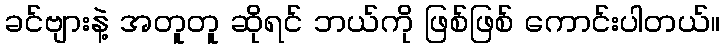
ခင်ဗျားနဲ့ အတူတူ ဆိုရင် ဘယ်ကို ဖြစ်ဖြစ် ကောင်းပါတယ်။